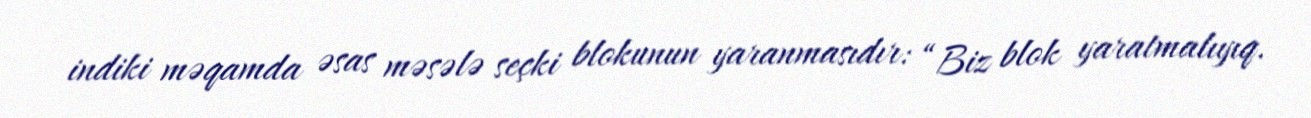
indiki məqamda əsas məsələ seçki blokunun yaranmasıdır: “Biz blok yaratmalıyıq.